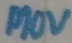
Text: MOV